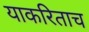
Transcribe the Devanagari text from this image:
याकरिताच